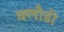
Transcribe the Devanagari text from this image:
क्लौडी